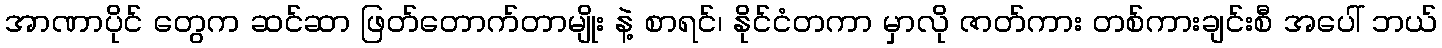
အာဏာပိုင် တွေက ဆင်ဆာ ဖြတ်တောက်တာမျိုး နဲ့ စာရင်၊ နိုင်ငံတကာ မှာလို ဇာတ်ကား တစ်ကားချင်းစီ အပေါ် ဘယ်